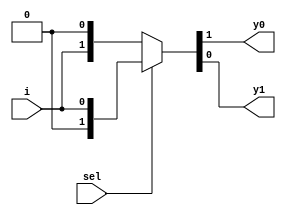
module demux_2_1(
  input sel,
  input i,
  output y0, y1);
  
  assign {y0,y1} = sel?{1'b0,i}: {i,1'b0};
endmodule
// testbench
module demux_tb;
  reg sel, i;
  wire y0, y1;
  
  demux_2_1 demux(sel, i, y0, y1);
  initial begin
    $monitor("sel = %h: i = %h --> y0 = %h, y1 = %h", sel, i, y0, y1);
    sel=0; i=0; #1;
    sel=0; i=1; #1;
    sel=1; i=0; #1;
    sel=1; i=1; #1;
  end
endmodule